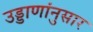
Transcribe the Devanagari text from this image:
उड्डाणांनुसार